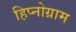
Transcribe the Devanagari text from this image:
हिप्नोग्राम